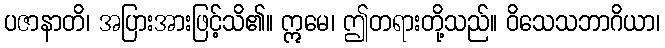
ပဇာနာတိ၊ အပြားအားဖြင့်သိ၏။ ဣမေ၊ ဤတရားတို့သည်။ ဝိသေသဘာဂိယာ၊